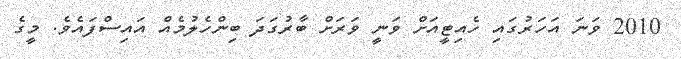
2010 ވަނަ އަހަރުގައި ހެއިޓީއަށް ވަނީ ވަރަށް ބާރުގަދަ ބިންހެލުމެއް އައިސްފައެވެ. މީގެ